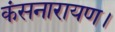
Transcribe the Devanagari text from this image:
कंसनारायण।